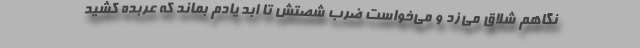
نگاهم شلاق می‌زد و می‌خواست ضرب شصتش تا ابد یادم بماند که عربده کشید